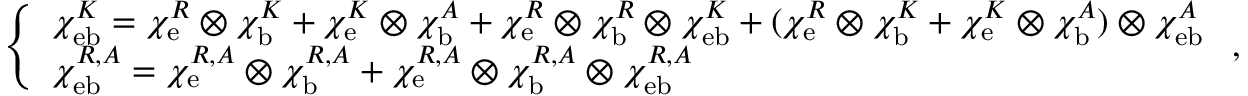
\left\{ \begin{array} { l } { \chi _ { \mathrm { e b } } ^ { K } = \chi _ { \mathrm { e } } ^ { R } \otimes \chi _ { \mathrm { b } } ^ { K } + \chi _ { \mathrm { e } } ^ { K } \otimes \chi _ { \mathrm { b } } ^ { A } + \chi _ { \mathrm { e } } ^ { R } \otimes \chi _ { \mathrm { b } } ^ { R } \otimes \chi _ { \mathrm { e b } } ^ { K } + ( \chi _ { \mathrm { e } } ^ { R } \otimes \chi _ { \mathrm { b } } ^ { K } + \chi _ { \mathrm { e } } ^ { K } \otimes \chi _ { \mathrm { b } } ^ { A } ) \otimes \chi _ { \mathrm { e b } } ^ { A } } \\ { \chi _ { \mathrm { e b } } ^ { R , A } = \chi _ { \mathrm { e } } ^ { R , A } \otimes \chi _ { \mathrm { b } } ^ { R , A } + \chi _ { \mathrm { e } } ^ { R , A } \otimes \chi _ { \mathrm { b } } ^ { R , A } \otimes \chi _ { \mathrm { e b } } ^ { R , A } } \end{array} \right. ,